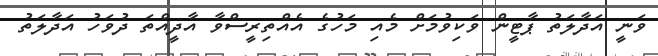
ވަނީ އަދާލަތު ޕާޓީން ވަކިވުމަށް މެއި މަހުގެ އެއްތިރީސްވާ އާދީއްތަ ދުވަހު އަދާލަތު